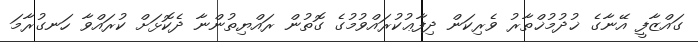
ގައްޒާފީ އޭނާގެ ޚުދުމުޚްތާރު ވެރިކަން ދިފާޢުކުރައްވުމުގެ ގޮތުން ރައްޔިތުންނާ ދެކޮޅަށް ކުރައްވާ ހަނގުރާމަ